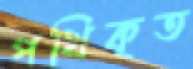
পথিকৃত